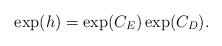
LaTeX: \begin{align*}\exp(h)=\exp(C_E)\exp(C_D).\end{align*}